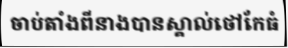
ចាប់តាំងពីនាងបានស្គាល់ថៅកែធំ